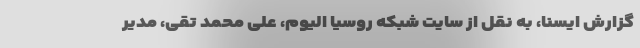
گزارش ایسنا، به نقل از سایت شبکه روسیا الیوم، علی محمد تقی، مدیر